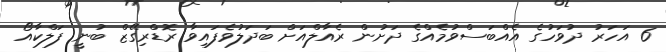
6 އަހަރު ދުވަހުގެ އެއްބަސްވުމެއްގެ ދަށުން ރެއާލްއަށް ބަދަލުވެފައިވާ ރޮޑްރިގޭޒް ބުނީ ފަލްކާއޯ